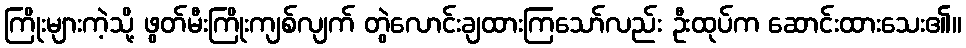
ကြိုးများကဲ့သို့ ဖွတ်မီးကြိုးကျစ်လျက် တွဲလောင်းချထားကြသော်လည်း ဦးထုပ်က ဆောင်းထားသေး၏။